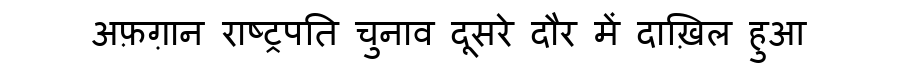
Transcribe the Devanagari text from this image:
अफ़ग़ान राष्ट्रपति चुनाव दूसरे दौर में दाख़िल हुआ